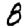
Digit: 8